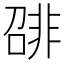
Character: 𬰛